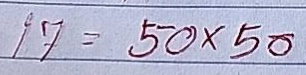
17 = 50 x 50